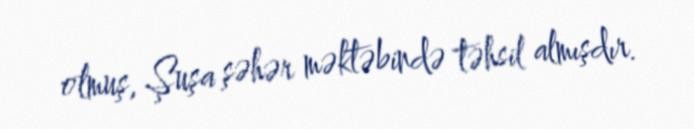
olmuş, Şuşa şəhər məktəbində təhsil almışdır.